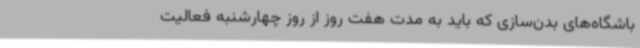
باشگاه‌های بدن‌سازی که باید به مدت هفت روز از روز چهارشنبه فعالیت